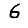
Digit: 6